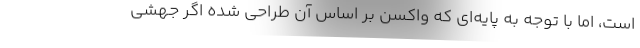
است، اما با توجه به پایه‌ای که واکسن بر اساس آن طراحی شده اگر جهشی